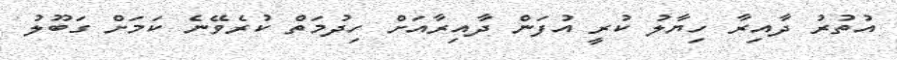
އުތުރު ދާއިރާ ހިޔާލު ކުރީ އުފަން ދާއިރާއަށް ހިދުމަތް ކުރެވޭނެ ކަމަށް ގަބޫލު